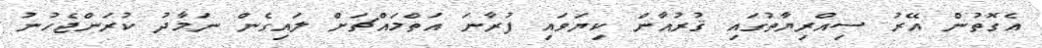
އެގޮތުން އޭރު ސިއްރިޔާތުގައި ޤުރުއާން ކިޔަވައި ފުރާނަ އަތްމައްޗަށް ލައިގެން ނަމާދު ކުރަންޖެހުނު